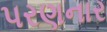
પરણનાર